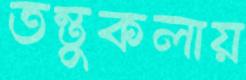
তন্তুকলায়